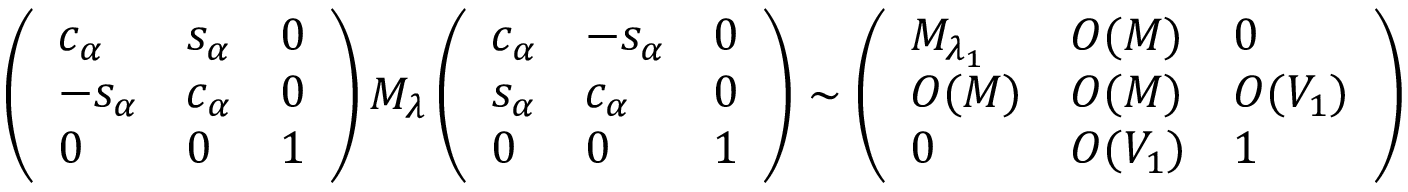
\left( \begin{array} { l l l } { { c _ { \alpha } } } & { { s _ { \alpha } } } & { { 0 } } \\ { { - s _ { \alpha } } } & { { c _ { \alpha } } } & { { 0 } } \\ { { 0 } } & { { 0 } } & { { 1 } } \end{array} \right) M _ { \lambda } \left( \begin{array} { l l l } { { c _ { \alpha } } } & { { - s _ { \alpha } } } & { { 0 } } \\ { { s _ { \alpha } } } & { { c _ { \alpha } } } & { { 0 } } \\ { { 0 } } & { { 0 } } & { { 1 } } \end{array} \right) \sim \left( \begin{array} { l l l } { { M _ { \lambda _ { 1 } } } } & { { { \cal O } ( M ) } } & { { 0 } } \\ { { { \cal O } ( M ) } } & { { { \cal O } ( M ) } } & { { { \cal O } ( V _ { 1 } ) } } \\ { { 0 } } & { { { \cal O } ( V _ { 1 } ) } } & { { 1 } } \end{array} \right)